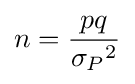
n={\frac {pq}{{\sigma _{P}}^{2}}}